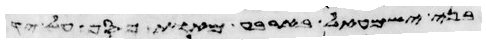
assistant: בני ישראל אשר שמו עליהם